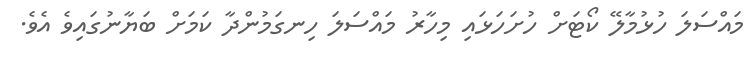
މައްސަލަ ހުޅުމާލޭ ކޯޓަށް ހުށަހަޅައި މިހާރު މައްސަލަ ހިނގަމުންދާ ކަމަށް ބަޔާނުގައިވެ އެވެ.